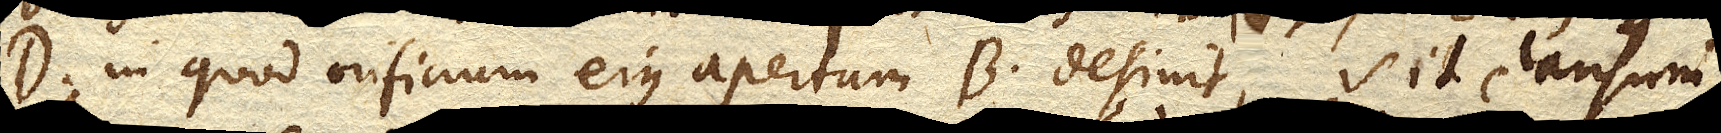
D. in quod orificium ejus apertum B. desinit, sit clausum.